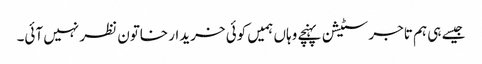
جیسے ہی ہم تاجر سٹیشن پہنچے وہاں ہمیں کوئی خریدار خاتون نظر نہیں آئی۔